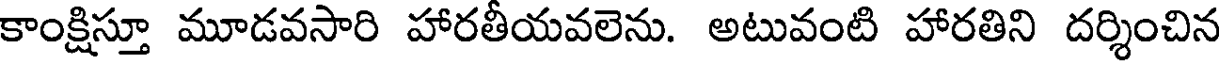
కాంక్షిస్తూ మూడవసారి హారతీయవలెను. అటువంటి హారతిని దర్శించిన